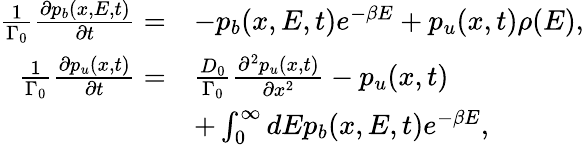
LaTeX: \begin{array}{rl}{\frac{1}{\Gamma_{0}}\frac{\partial p_{b}(x,E,t)}{\partial t}=}&{-p_{b}(x,E,t)e^{-\beta E}+p_{u}(x,t)\rho(E),}\\ {\frac{1}{\Gamma_{0}}\frac{\partial p_{u}(x,t)}{\partial t}=}&{\frac{D_{0}}{\Gamma_{0}}\frac{\partial^{2}p_{u}(x,t)}{\partial x^{2}}-p_{u}(x,t)}\\ &{+\int_{0}^{\infty}dEp_{b}(x,E,t)e^{-\beta E},}\end{array}